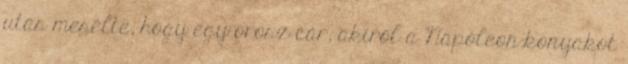
utas mesélte, hogy egy orosz cár, akiről a Napóleon-konyakot